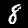
Digit: 8